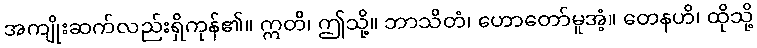
အကျိုးဆက်လည်းရှိကုန်၏။ ဣတိ၊ ဤသို့။ ဘာသိတံ၊ ဟောတော်မူအံ့။ တေနဟိ၊ ထိုသို့